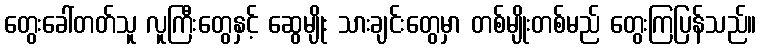
တွေးခေါ်တတ်သူ လူကြီးတွေနှင့် ဆွေမျိုး သားချင်းတွေမှာ တစ်မျိုးတစ်မည် တွေးကြပြန်သည်။